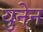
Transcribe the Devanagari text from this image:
युनेन